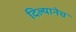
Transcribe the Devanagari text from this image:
दिल्यानेच